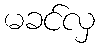
မခင်လှ